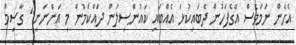
އެހެން ނަމަވެސް އޭގެފަހުން ދެބައިކުޅަ އެއްބައި ކައުންސިލުން ދައްކަމުން މި އަންނަނީ" ގާސިމް